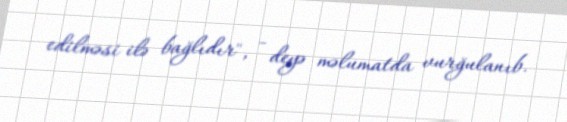
edilməsi ilə bağlıdır", - deyə məlumatda vurğulanıb.